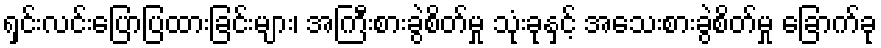
ရှင်းလင်းပြောပြထားခြင်းများ၊ အကြီးစားခွဲစိတ်မှု သုံးခုနှင့် အသေးစားခွဲစိတ်မှု ခြောက်ခု